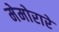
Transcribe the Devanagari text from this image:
मेमोरारे